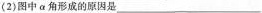
(2)图中\alpha 角形成的原因是___